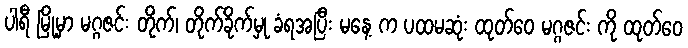
ပါရီ မြို့မှာ မဂ္ဂဇင်း တိုက်၊ တိုက်ခိုက်မှု ခံရအပြီး မနေ့ က ပထမဆုံး ထုတ်ဝေ မဂ္ဂဇင်း ကို ထုတ်ဝေ